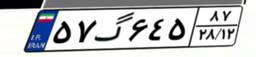
۵۷گ۶۴۵۸۷